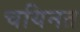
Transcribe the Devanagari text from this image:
चयिनत